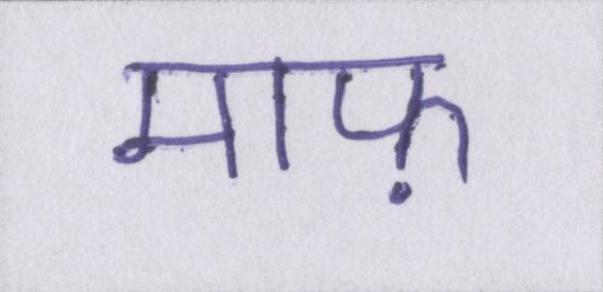
माफ़